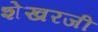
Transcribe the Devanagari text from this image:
शेखरजी